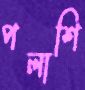
পলাশি